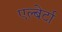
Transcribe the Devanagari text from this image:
एल्बेर्टा